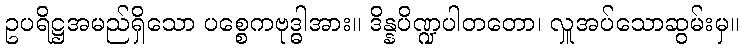
ဥပရိဋ္ဌအမည်ရှိသော ပစ္စေကဗုဒ္ဓါအား။ ဒိန္နပိဏ္ဍပါတတော၊ လှူအပ်သောဆွမ်းမှ။